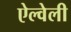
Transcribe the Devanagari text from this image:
ऐल्वेली